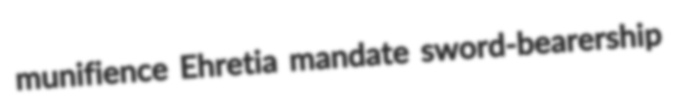
munifience Ehretia mandate sword-bearership